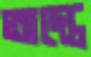
অস্তে